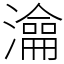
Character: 㵸